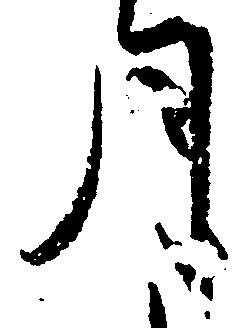
月